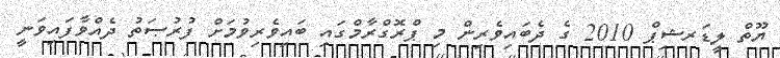
ޔޫތް ލީޑަރޝިޕް 2010 ގެ ދެބައިވެރިން މި ޕްރޮގްރާމްގައި ބައިވެރިވުމަށް ފުރުޞަތު ދެއްވާފައިވަނީ